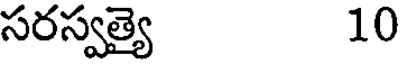
సరస్వత్యై 10